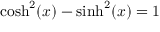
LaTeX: \cosh ^ { 2 } ( x ) - \sinh ^ { 2 } ( x ) = 1